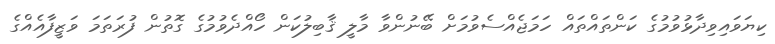
ކިޔަވައިވިދާޅުވުމުގެ ކަންތައްތައް ހަމަޖެއްސެވުމަށް ބޭނުންވާ މާލީ ޤާބިލުކަން ހޯއްދެވުމުގެ ގޮތުން ފުރަތަމަ ވަޒީފާއެއްގެ